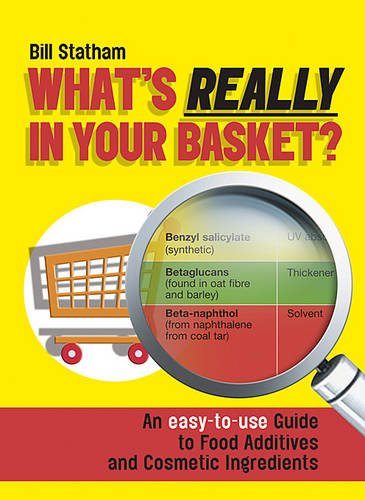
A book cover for What's Really in Your Basket?: An Easy to Use Guide to Food Additives and Cosmetic Ingredients; Bill Statham; Health, Fitness & Dieting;